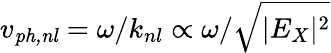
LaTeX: v_{\mathit{ph,nl}}=\omega/k_{nl}\propto\omega/\sqrt{|E_{X}|^{2}}